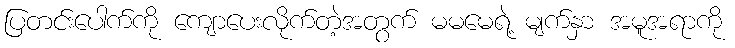
ပြတင်းပေါက်ကို ကျောပေးလိုက်တဲ့အတွက် မမမေရဲ့ မျက်နှာ အမူအရာကို